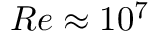
R e \approx 1 0 ^ { 7 }